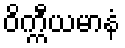
ဝိက္ကီယမာနံ